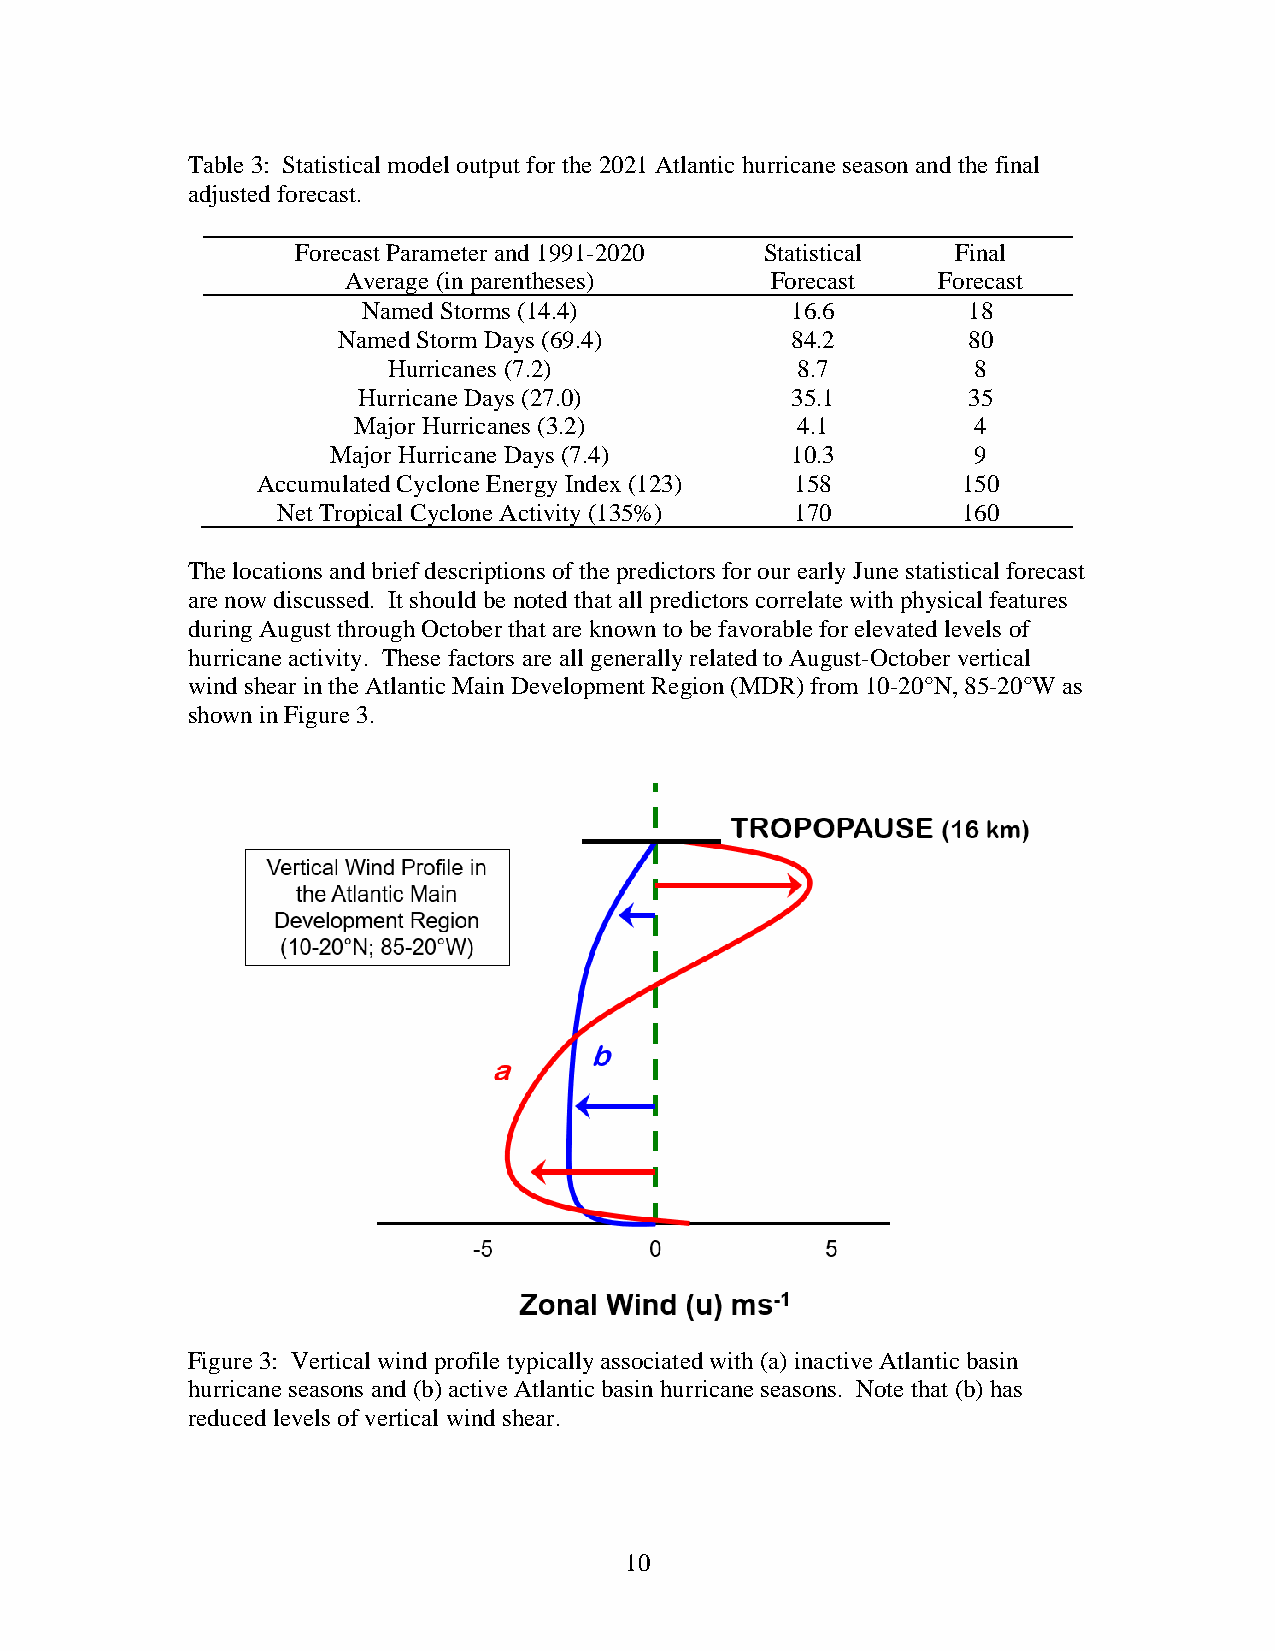
Table 3: Statistical model output for the 2021 Atlantic hurricane season and the final
 adjusted forecast.
 Forecast Parameter and 1991-2020 Statistical Final
 Average (in parentheses)    Forecast   Forecast
 Named Storms (14.4)         16.6        18
 Named Storm Days (69.4)       84.2        80
 Hurricanes (7.2)           8.7         8
 Hurricane Days (27.0)       35.1        35
 Major Hurricanes (3.2)        4.1         4
 Major Hurricane Days (7.4)    10.3         9
 Accumulated Cyclone Energy Index (123) 158     150
 Net Tropical Cyclone Activity (135%) 170      160
 The locations and brief descriptions of the predictors for our early June statistical forecast
 are now discussed. It should be noted that all predictors correlate with physical features
 during August through October that are known to be favorable for elevated levels of
 hurricane activity. These factors are all generally related to August-October vertical
 wind shear in the Atlantic Main Development Region (MDR) from 10-20°N, 85-20°W as
 shown in Figure 3.
 Figure 3: Vertical wind profile typically associated with (a) inactive Atlantic basin
 hurricane seasons and (b) active Atlantic basin hurricane seasons. Note that (b) has
 reduced levels of vertical wind shear.
 10